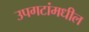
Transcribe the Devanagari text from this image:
उपगटांमधील